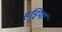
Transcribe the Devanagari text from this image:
हडि्यां